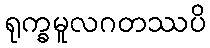
ရုက္ခမူလဂတဿပိ